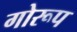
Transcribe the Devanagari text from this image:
गोरूप